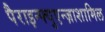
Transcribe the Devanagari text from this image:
पैराइन्फ्युएन्ज़ाशामिल